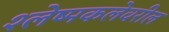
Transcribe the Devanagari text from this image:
श्लेष्मकलेवरील